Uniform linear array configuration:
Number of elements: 8
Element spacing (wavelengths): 1
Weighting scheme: binomial
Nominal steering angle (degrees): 30
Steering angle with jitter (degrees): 28.254
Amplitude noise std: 0.05
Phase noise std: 0.05

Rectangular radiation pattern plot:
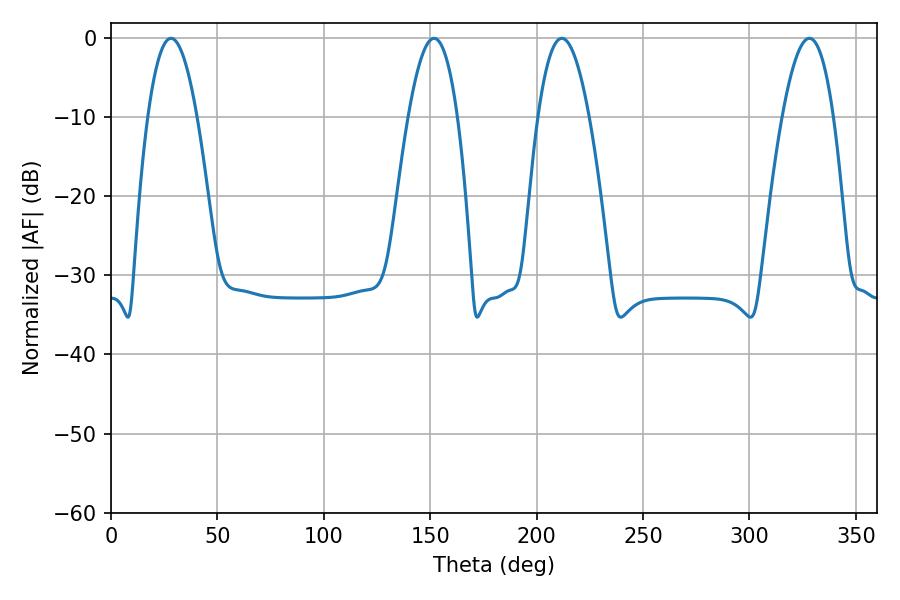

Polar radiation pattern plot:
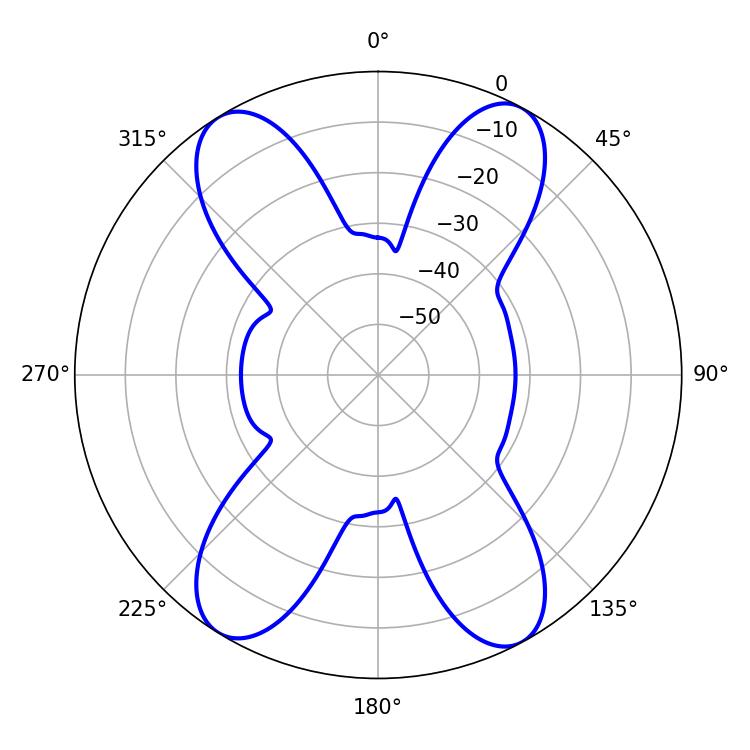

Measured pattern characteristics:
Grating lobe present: TRUE
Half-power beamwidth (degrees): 13.14
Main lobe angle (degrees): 211.86